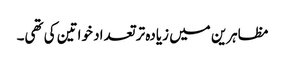
مظاہرین میں زیادہ تر تعداد خواتین کی تھی۔